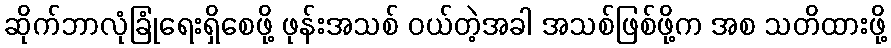
ဆိုက်ဘာလုံခြုံရေးရှိစေဖို့ ဖုန်းအသစ် ဝယ်တဲ့အခါ အသစ်ဖြစ်ဖို့က အစ သတိထားဖို့